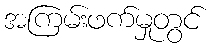
အကြမ်းဖက်မှုတွင်